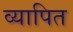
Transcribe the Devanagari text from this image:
व्यापित